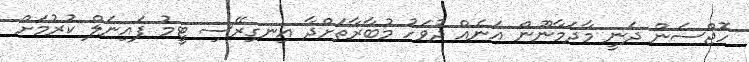
ހޮޖްސަން ދަނީ މާދަމާނޫން އަނެއް ދުވަހު މުބާރާތަށްދާ އިނގިރޭސި ޓީމު ފައިނަލް ކުރުމަށް